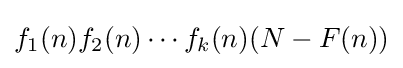
f_{1}(n)f_{2}(n)\cdots f_{k}(n)(N-F(n))